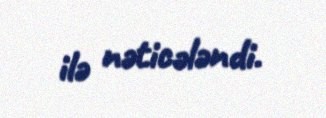
ilə nəticələndi.